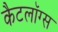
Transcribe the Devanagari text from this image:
कैटलॉग्स